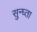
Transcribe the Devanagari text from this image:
सुन्घ्ता